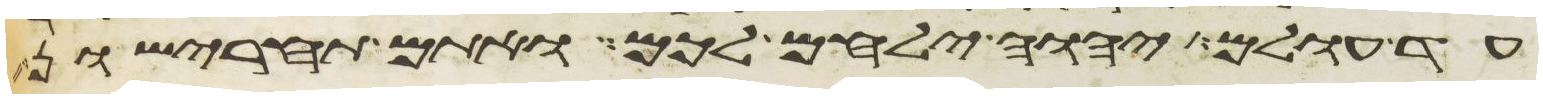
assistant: עד עולם יהוה ילחם לכם ואתם תחרישון